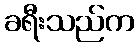
ခရီးသည်က